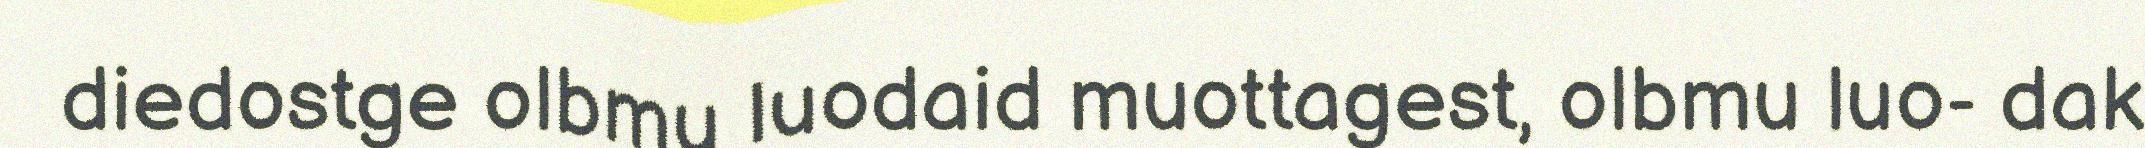
diedostge olbmu luodaid muottagest, olbmu luo- dak